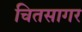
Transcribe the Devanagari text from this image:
चितसागर